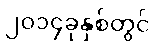
၂၀၁၄ခုနှစ်တွင်